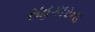
સહકારના